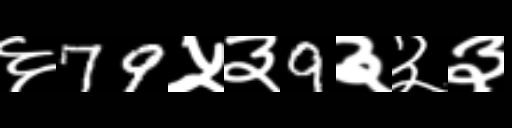
Text: ६79५३9३३३